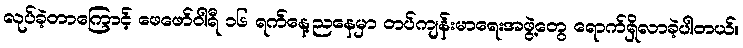
လုပ်ခဲ့တာကြောင့် ဖေဖော်ဝါရီ ၁၆ ရက်နေ့ညနေမှာ တပ်ကျန်းမာရေးအဖွဲ့တွေ ရောက်ရှိလာခဲ့ပါတယ်။